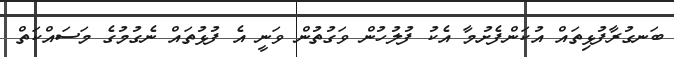
ބަނގުރާފުޅިތައް އުކަންފެށުމާ އެކު ފުލުހުން ވަގުތުން ވަނީ އެ ފުޅުތައް ނެގުމުގެ މަސައްކަތް